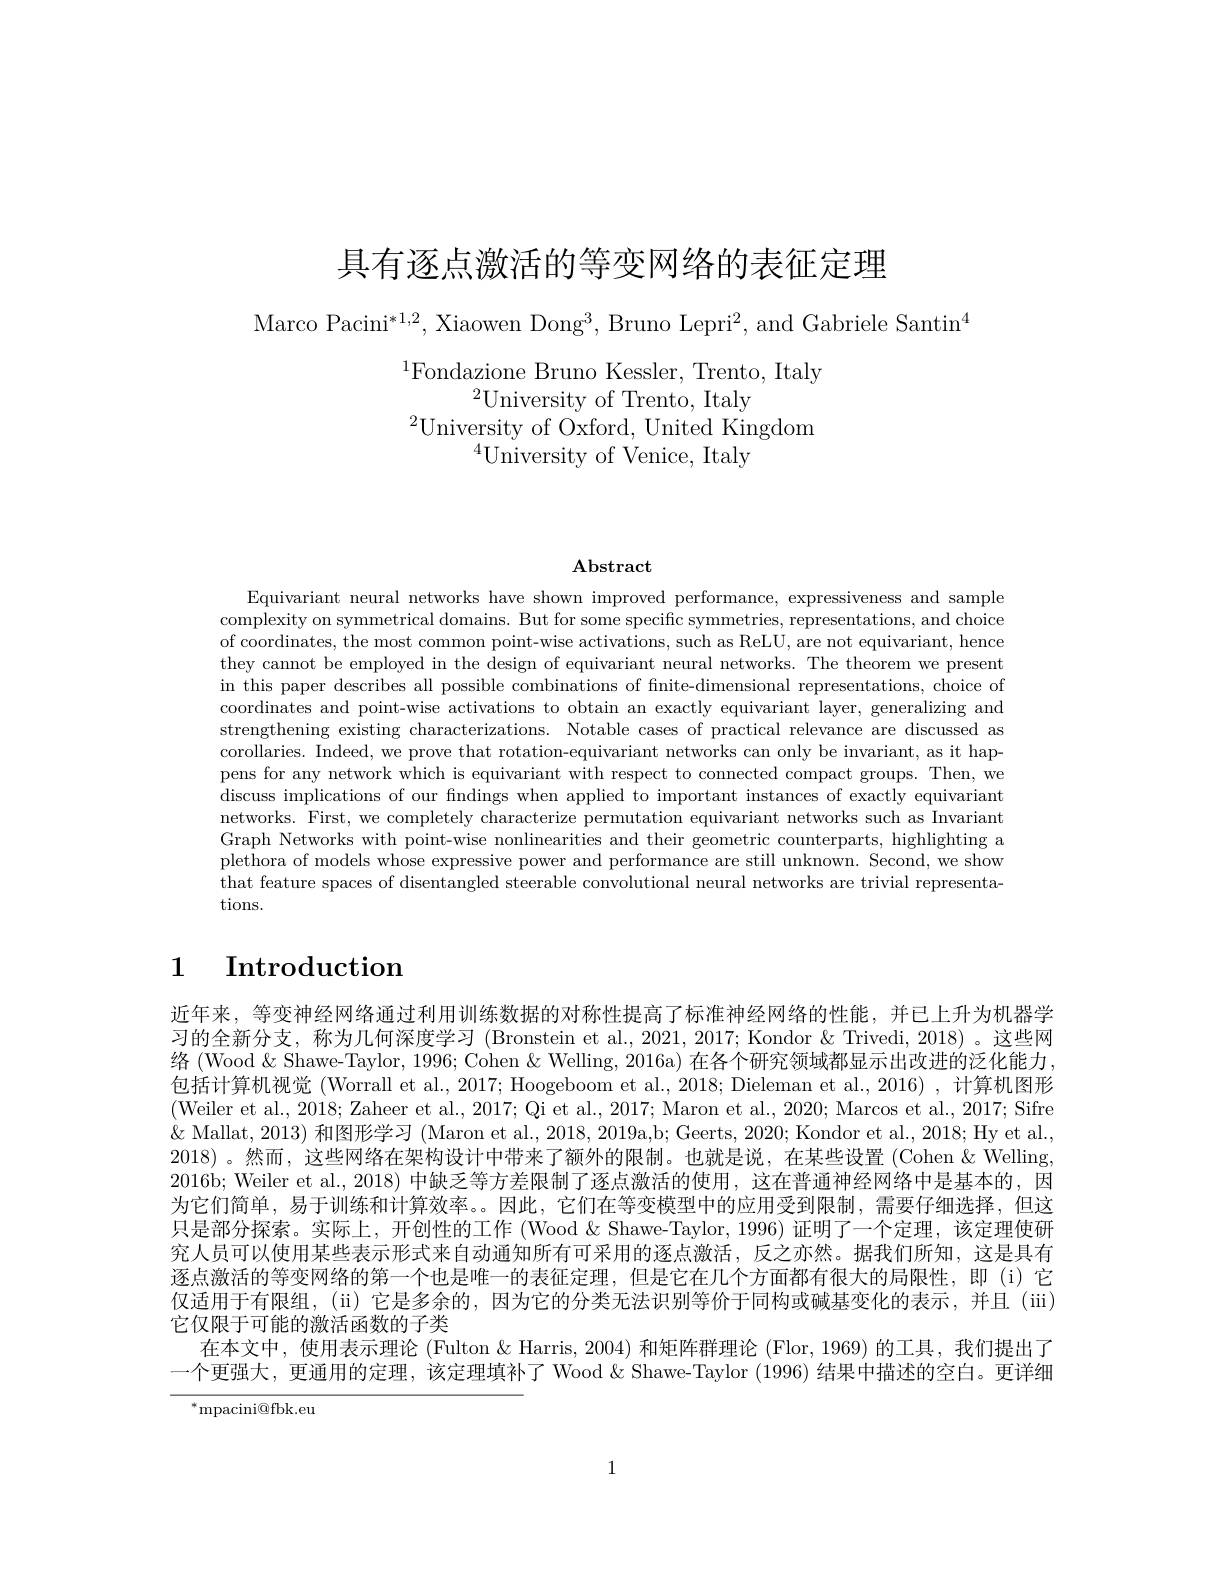
具有逐点激活的等变网络的表征定理

Marco Pacini$^*1,2$,Xiaowen Dong$^3$,Bruno Lepri$^2$,and Gabriele Santin$^4$

$^{1}$Fondazione Bruno Kessler, Trento, Italy
${}^{2}$University of Trento, Italy
$^{2}$University of Oxford, United Kingdom
$^{4}$University of Venice, Italy

$\mathbf{Abstract}$

Equivariant neural networks have shown improved performance, expressiveness and sample complexity on symmetrical domains. But for some specific symmetries, representations, and choice of coordinates, the most common point-wise activations, such as ReLU, are not equivariant, hence they cannot be employed in the design of equivariant neural networks. The theorem we present in this paper describes all possible combinations of fnite-dimensional representations, choice of coordinates and point-wise activations to obtain an exactly equivariant layer, generalizing and strengthening existing characterizations. Notable cases of practical relevance are discussed as corollaries. Indeed, we prove that rotation-equivariant networks can only be invariant, as it happens for any network which is equivariant with respect to connected compact groups. Then, we discuss implications of our findings when applied to important instances of exactly equivariant networks. First, we completely characterize permutation equivariant networks such as Invariant Graph Networks with point-wise nonlinearities and their geometric counterparts, highlighting a plethora of models whose expressive power and performance are still unknown. Second, we show that feature spaces of disentangled steerable convolutional neural networks are trivial representations.

# 1 Introduction

近年来，等变神经网络通过利用训练数据的对称性提高了标准神经网络的性能，并已上升为机器学习的全新分支，称为几何深度学习 (Bronstein et al., 2021, 2017; Kondor & Trivedi, 2018) 。这些网络 (Wood & Shawe- Taylor, 1996; Cohen & Welling, 2016a) 在各个研究领域都显示出改进的泛化能力， 包括计算机视觉 (Worrall et al., 2017; Hoogeboom et al., 2018; Dieleman et al., 2016) , 计算机图形(Weiler et al., 2018; Zaheer et al., 2017; Qi et al., 2017; Maron et al., 2020; Marcos et al., 2017; Sifre $\&$ Mallat, 2013) 和图形学习 (Maron et al., 2018, 2019a,b; Geerts, 2020; Kondor et al., 2018; Hy et al., 2018) 。然而，这些网络在架构设计中带来了额外的限制。也就是说，在某些设置 (Cohen &Welling, 2016b; Weiler et al., 2018) 中缺乏等方差限制了逐点激活的使用，这在普通神经网络中是基本的，因为它们简单，易于训练和计算效率。。因此，它们在等变模型中的应用受到限制，需要仔细选择，但这只是部分探索。实际上，开创性的工作 (Wood & Shawe-Taylor, 1996) 证明了一个定理，该定理使研究人员可以使用某些表示形式来自动通知所有可采用的逐点激活，反之亦然。据我们所知，这是具有逐点激活的等变网络的第一个也是唯一的表征定理，但是它在几个方面都有很大的局限性，即(i)它仅适用于有限组，($\"{u})它是多余的，因为它的分类无法识别等价于同构或碱基变化的表示，并且(\"{u}i)$ 它仅限于可能的激活函数的子类
在本文中，使用表示理论 (Fulton & Harris, 2004) 和矩阵群理论 (Flor, 1969) 的工具，我们提出了一个更强大，更通用的定理，该定理填补了 Wood & Shawe- Taylor (1996) 结果中描述的空白。更详细

$^{*}$mpacini@fbk.eu

1